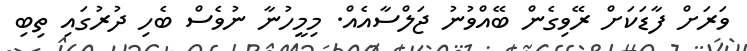
ވަރަށް ފާޑަކަށް ރޭވިގެން ބޭއްވުނު ޖަލްސާއެއް. މިމީހުނާ ނުވެސް ބެހި ދުރުގައި ތިބި